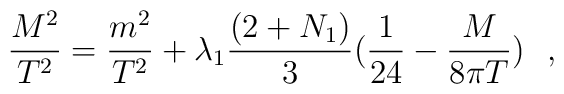
\frac{M^2}{T^2}= \frac{m^2}{T^2} + \lambda_1 \frac{(2+N_1)}{3} (\frac{1}{24}-\frac{M}{8\pi T})~~,